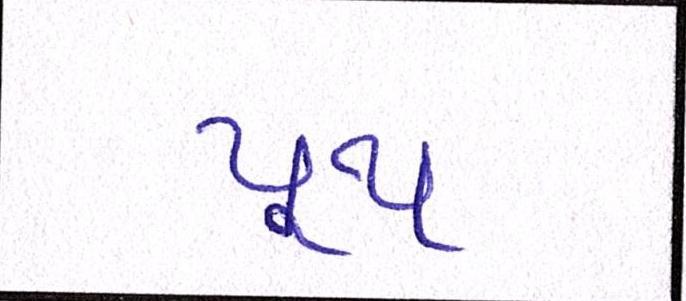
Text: યૂથ